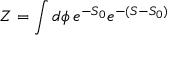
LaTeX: Z = \int d \phi \, e ^ { - S _ { 0 } } e ^ { - ( S - S _ { 0 } ) }